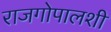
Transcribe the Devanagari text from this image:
राजगोपालशी